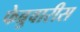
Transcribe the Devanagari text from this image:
फेब्रुवारीस